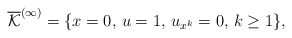
\begin{align*}\overline{\mathcal{K}}^{(\infty)} = \{x=0,\, u=1,\, u_{x^k}=0,\, k\geq 1\},\end{align*}